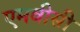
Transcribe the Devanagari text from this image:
एमवीसी